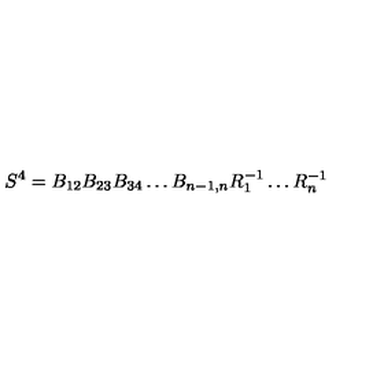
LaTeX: S ^ { 4 } = B _ { 1 2 } B _ { 2 3 } B _ { 3 4 } \dots B _ { n - 1 , n } R _ { 1 } ^ { - 1 } \dots R _ { n } ^ { - 1 }